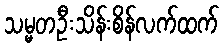
သမ္မတဦးသိန်းစိန်လက်ထက်